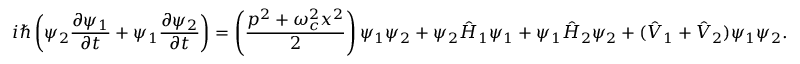
i \hbar \left( \psi _ { 2 } \frac { \partial \psi _ { 1 } } { \partial t } + \psi _ { 1 } \frac { \partial \psi _ { 2 } } { \partial t } \right) = \left( \frac { p ^ { 2 } + \omega _ { c } ^ { 2 } x ^ { 2 } } { 2 } \right) \psi _ { 1 } \psi _ { 2 } + \psi _ { 2 } \hat { H } _ { 1 } \psi _ { 1 } + \psi _ { 1 } \hat { H } _ { 2 } \psi _ { 2 } + ( \hat { V } _ { 1 } + \hat { V } _ { 2 } ) \psi _ { 1 } \psi _ { 2 } .